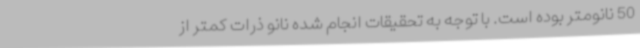
50 نانومتر بوده است. با توجه به تحقیقات انجام شده نانو ذرات کمتر از